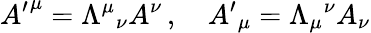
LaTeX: {A^{\prime}}^{\mu}=\Lambda^{\mu}{}_{\nu}A^{\nu}\, ,\quad{A^{\prime}}_{\mu}=\Lambda_{\mu}{}^{\nu}A_{\nu}